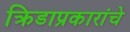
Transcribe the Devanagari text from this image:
क्रिडाप्रकारांचे